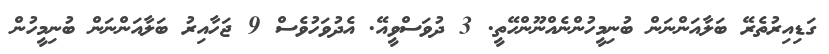
ގަޑިއިރުތެރޭ ބަލާއަންނަން ބުނިމީހުންނެއްނޫންހޭތީ. 3 ދުވަސްވީއޭ. އެދުވަހުވެސް 9 ޖަހާއިރު ބަލާއަންނަން ބުނިމީހުން